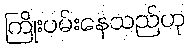
ကြိုးပမ်းနေသည်ဟု